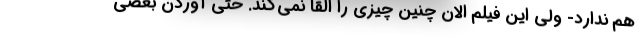
هم ندارد- ولی این فیلم الان چنین چیزی را القا نمی‌کند. حتی آوردن بعضی